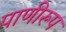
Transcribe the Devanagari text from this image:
पाणीरूप